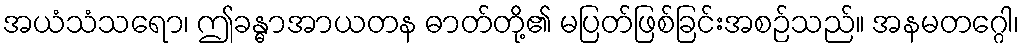
အယံသံသရော၊ ဤခန္ဓာအာယတန ဓာတ်တို့၏ မပြတ်ဖြစ်ခြင်းအစဉ်သည်။ အနမတဂ္ဂေါ၊